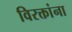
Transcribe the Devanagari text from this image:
विरक्तांना